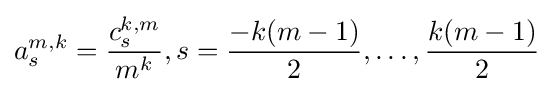
a_{s}^{m,k}={\frac {c_{s}^{k,m}}{m^{k}}},s={\frac {-k(m-1)}{2}},\dots ,{\frac {k(m-1)}{2}}